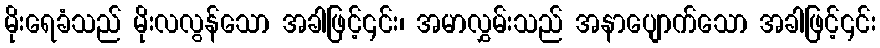
မိုးရေခံသည် မိုးလလွန်သော အခါဖြင့်၎င်း၊ အမာလွှမ်းသည် အနာပျောက်သော အခါဖြင့်၎င်း